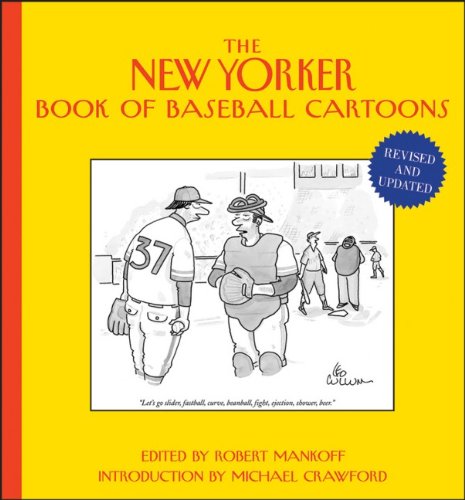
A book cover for The New Yorker Book of Baseball Cartoons; Humor & Entertainment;